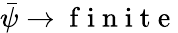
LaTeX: \bar{\psi}\rightarrow\mathrm{~f~i~n~i~t~e~}